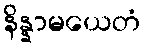
နိန္နာမယေတံ